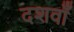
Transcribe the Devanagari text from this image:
दशवाँ